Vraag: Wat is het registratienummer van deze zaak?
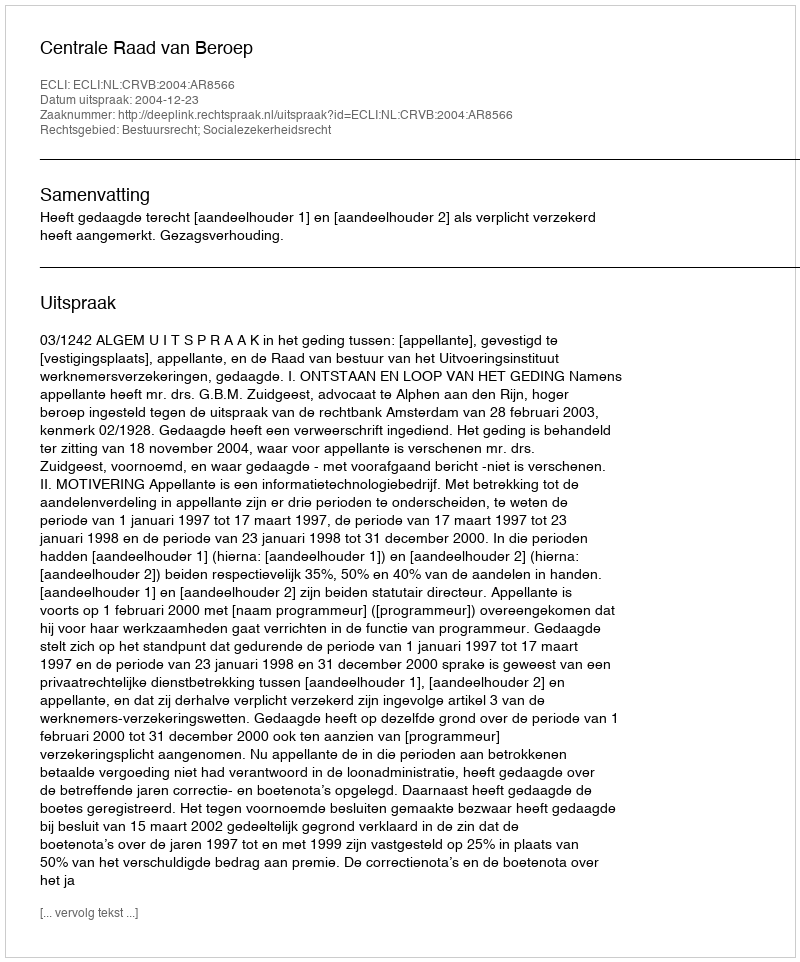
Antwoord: http://deeplink.rechtspraak.nl/uitspraak?id=ECLI:NL:CRVB:2004:AR8566